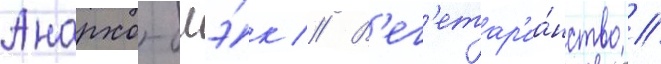
Анархо-блэ́к // В'ег'етар'иа́нство //